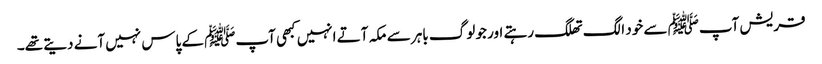
قریش آپﷺ سے خود الگ تھلگ رہتے اور جو لوگ باہر سے مکہ آتے انہیں کبھی آپﷺ کے پاس نہیں آنے دیتے تھے۔